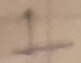
Text: 1